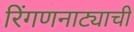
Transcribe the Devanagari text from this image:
रिंगणनाट्याची